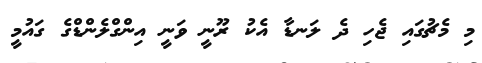
މި މެޗުގައި ޖެހި ދެ ލަނޑާ އެކު ރޫނީ ވަނީ އިންގްލެންޑްގެ ގައުމީ